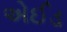
એઈડ